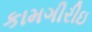
કામગીરીઇ